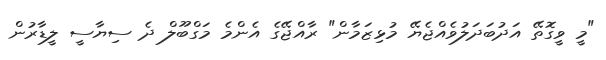
"މީ ވީގޮތޭ އަދުބަދަލުވެއްޖެޔޭ މުޅިޒަމާން" ރާއްޖޭގެ އެންމެ މަގްބޫލް ދެ ސިޔާސީ ލީޑާރުން